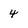
Character: 4